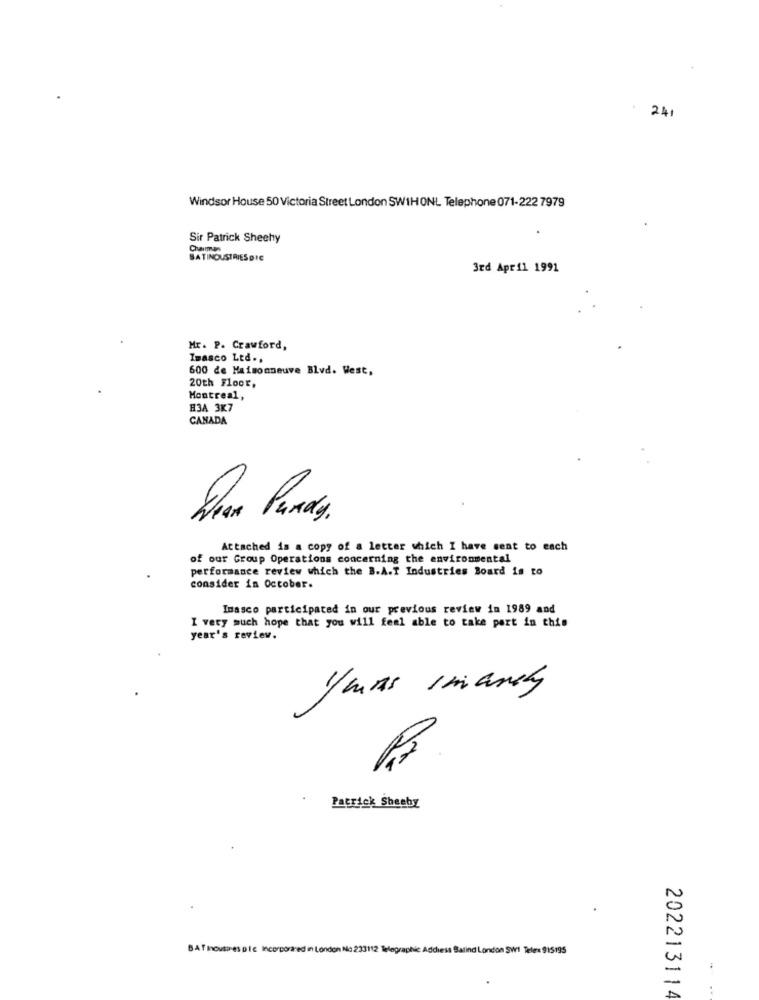
241
Windsor House 50 Victoria Street London SW1HONL Telephone 071-222 7979
Sir Patrick Sheehy
Charmen
SATINDUSTRIES DIE
3rd April 1991
Mr. P. Crawford,
Imasco Ltd .,
600 de Maisonneuve Blvd. West,
20th Floor,
Montreal,
H3A 3K7
CANADA
Attached is a copy of a letter which I have sent to each
of our Group Operations concerning the environmental
performance review which the B.A.T Industries Board is to
consider in October.
Imasco participated in our previous review in 1989 and
I very much hope that you will feel able to take part in this
year's review.
/ uns imandy
Patrick Shesby
BATInousires ple Incorporared in London No 233112 Telegraphic Address Balind London SW1 Telerx 915195
202213114
: